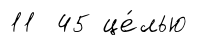
11 45 це́лью